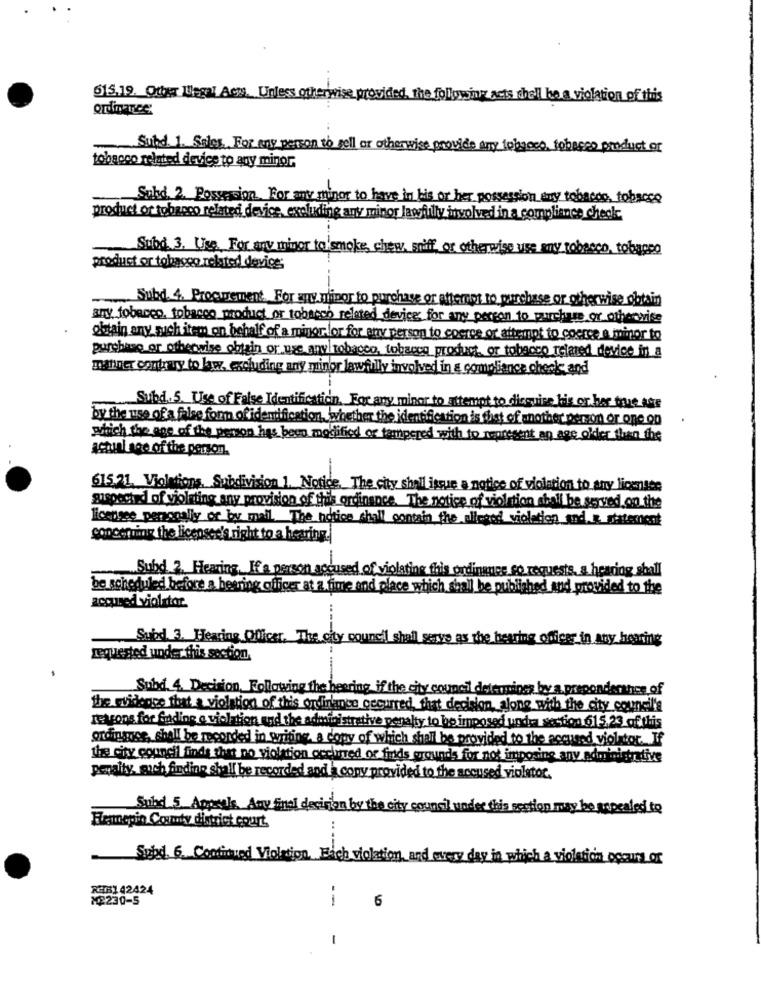
615,19. Other legal Acss. Unless otherwise provided, the following acts chell he a violation of this
ordnance
Subd. 1. Sales, For any person to sell or otherwise provide any fobgeco, tobacco product or
tobacco related device to any minor.
Subd 2. Possession For any minor to have in his or her possession any tobacco, tobacco
product or tobanco related device, excluding any minor lawfully involved in a compliance check
Subd 3. Use. For any minor to smoke, chew sniff, or otherwise use any tobacco, tobappo
product or tobacco related device;
..... Subd. 4. Procurement. For any glipor to purchase or afternot to purchase or otherwise obtain
amy tobacco, tobacco product or tobacco related_device for any person to purchase or otherwise
obtain any such item on behalf of a minor lor for any person to coerce or attempt to coerce a minor to
purchase or otherwise obtain or use anyltobacco, tobacco product or tobacco related device in a
manner contrary to law, excluding any minor lawfully involved in & compliance checks and
Subd.5. Use of False Identification. For any miner to attempt to disguise his or her true lige
by the use of a false forn of identification, Whether the identification is that of another person or one on
which the age of the person has been modified or tempered with to represent an age older than the
actual see of the person.
615.21. Violations, Subdivision 1. Notice. The city shill issue a notice of violation to any licenses
suspected of violating any provision of this ordinance. The notice of violation shall be served on the
Ecepgee personally or by mail. The notice shall contain the alleged violation and a statement
Concerning the licensee's right to a hearing.
Subd 2. Hearing, If a person accused of violating
ordinance co requests, a hearing shall
be scheduled before a bearing officer at a fime and place
h shall be published and provided to the
accured violator.
Subd. 3. Hearing Officer. The city council shall serve as the hearing officer in any howing
requested under this section.
Subd. 4. Decision, Following the heering if the city council determines by a. preponderthe of
the evidence that a violation of this ordinance cecurred, that decision, alone with the city council's
reasons for finding a violation and the administrative penalty to bo imposed undra section 615.23 of this
ordinace, shall be recorded in writing a copy of which shall be provided to the accured violator. If
the city council finds that no violation occurred of funds grounds for not imposing any administrative
penalty, sich finding shall be recorded and a copy provided to the accused violator.
Subd 5. Appeals. Any final decision by the city council under this section may be repealed to
Hennepin County district court.
Spod. 6. Continued Violation, Erich violation, and every
in which a violation occurs of
REB1 42424
X2230-5
--
6
-